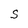
Character: S